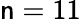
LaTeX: \mathsf{n}=11